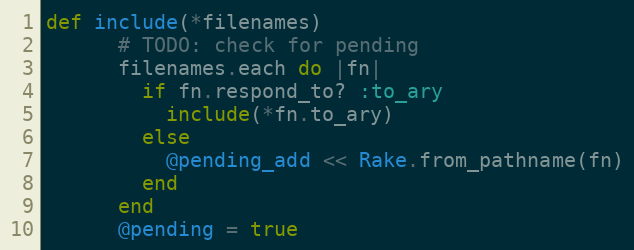
Language: Ruby
def include(*filenames)
      # TODO: check for pending
      filenames.each do |fn|
        if fn.respond_to? :to_ary
          include(*fn.to_ary)
        else
          @pending_add << Rake.from_pathname(fn)
        end
      end
      @pending = true